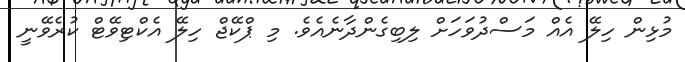
މުޅިން ހިލޭ އެއް މަސްދުވަހަށް ލިބިގެންދާނެއެވެ. މި ޕްކޭޖް ހިލޭ އެކްޓިވޭޓް ކުރެވޭނީ